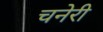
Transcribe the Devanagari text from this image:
चनेरी